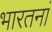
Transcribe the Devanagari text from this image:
भारतनां